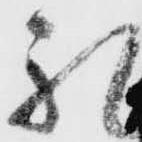
礼